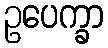
ဥပေက္ခာ